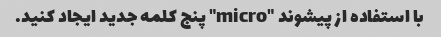
با استفاده از پیشوند "micro" پنج کلمه جدید ایجاد کنید.